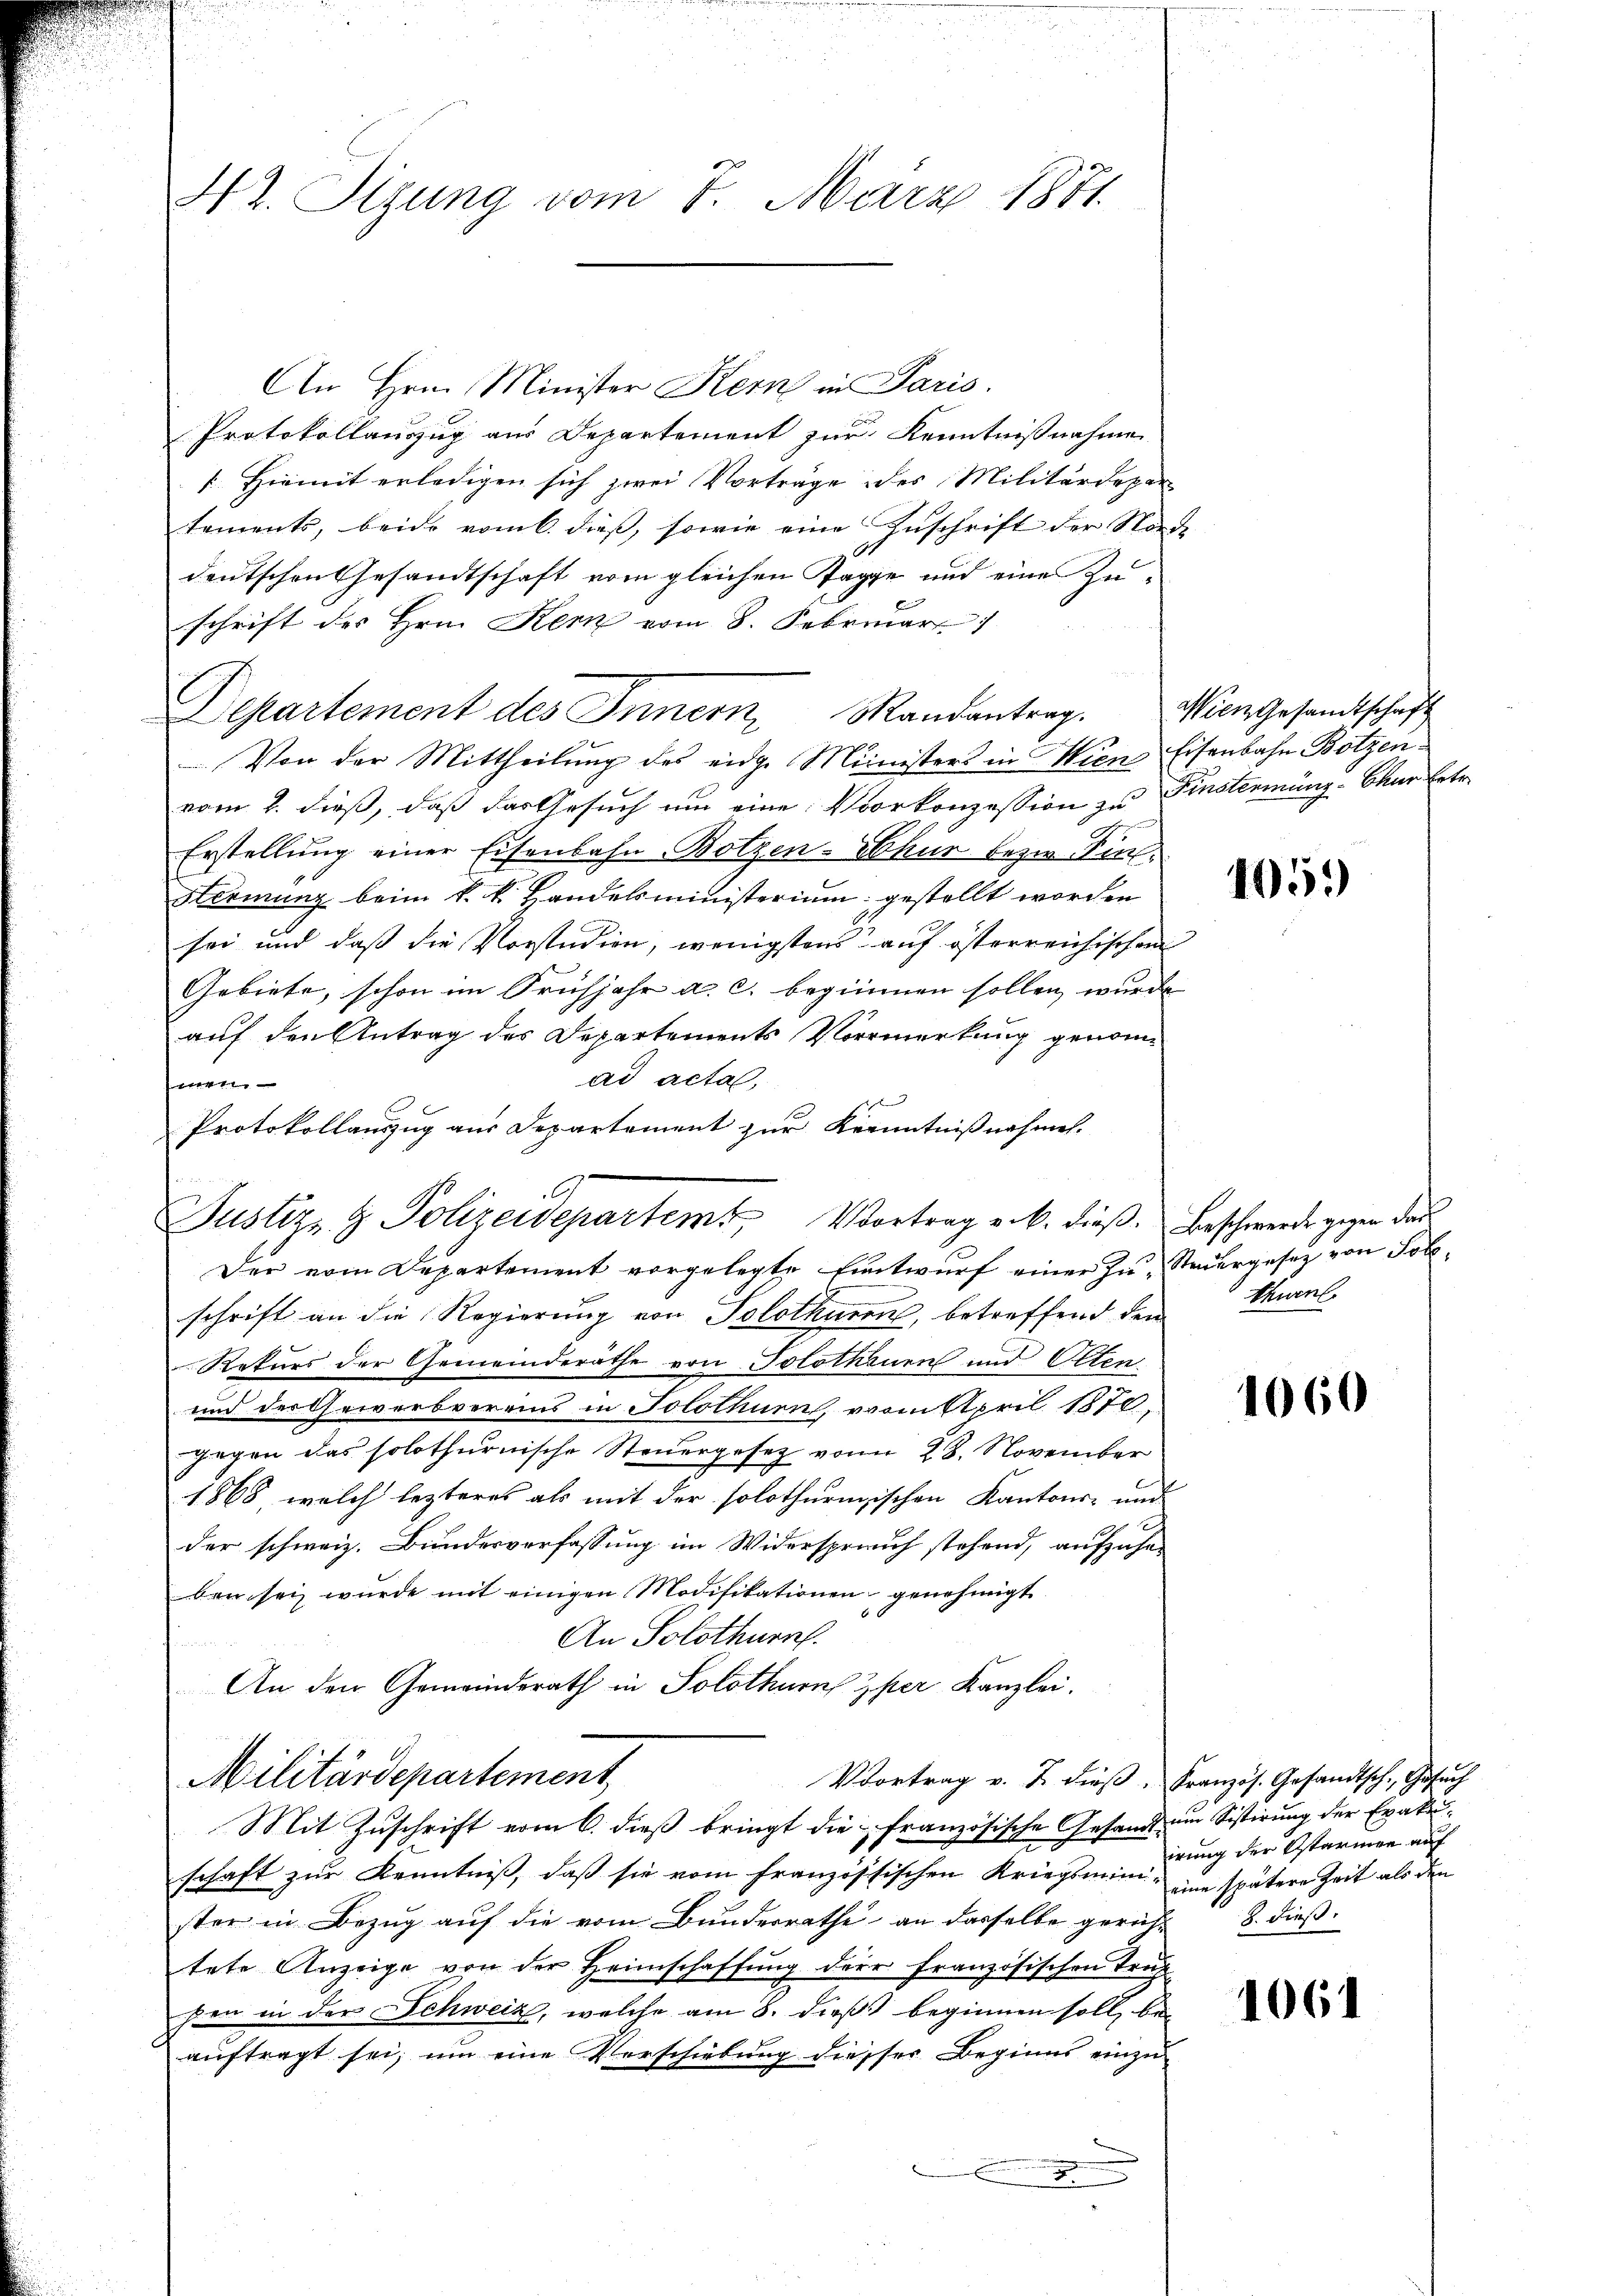
42. Sitzung vom 8. März 1881.

An Hrn. Minister Kern in Paris.
Protokollauszug aus Departement zur Kenntnißnahme
[ Hiemit erledigen sich zwei Vorträge des Militärdepar-
tements, beide vom 6. dieß, sowie eine Zuschrift der Norde
.
deutschen Gesandtschaft vom gleichen Tagge und eine Zuschrift des Hrn. Kern vom 8. Februar 1
Departement des Innern, Randantrag.
Von der Mittheilung des eidge Ministers in Wien Eisenbahn Botzenvom 2. dieß, daß das Gesuch um eine Vorkonzession zu Finstermang- Chur Ertr
Erstellung einer Eisenbahn-Botzen-Schur bezie Fin
Hirmung beim k. k. Handelsministerium gestellt worden
sei und daß die Vorstudion, wenigstens auf österreichischen
Gebiete, schon im Frühjahr a. c. beginnen sollen, wurde |
auf den Antrag des Departements Vormerkung genomad acta,
1
Protokollanzzug aus Departement zur Kenntnißnahmen.
Justiz- & Polizeidepartem Vortrag u. k. dieß. Beschwerde gegen der
Der vom Departement vorgelegte Entwurf einer In- Steuergesetz von Sollschrift an die Regierung von Solothurn, betreffend den
Rekurs der Gemeinderäthe von Solothenen und Otten
und der Gewerbvereins in Solothurn, vom April 1870.
gegen das solothurnische Steuergesetz vom 28. November
1868, welch lezteres als mit der solothurnischen Kantons- und
der schweiz. Bundesverfassung im Widerspruch stehend, aufzuhar
ben sei wurde mit einigen Modifikationen genehmigt.
An Solothurn.
An den Gemeinderath in Solothurn per Kanzlei.
Militärdepartement
Vortrag v. J. dieβ. Französ. Gesandtsch, Gesŭch
Mit Zuschrift vom 6. dieß bringt die französische Gesandt um Sistirung der Evakuschaft zur Kenntniß, daß sie vom französsischen Kriegsmini- eine spätere Zeit als den
ster in Bezug auf die vom Bundesrathe an dasselbe gericht 8. dießtete Anzeige von der Heimschaffung der französischen Trug
pen in der Schweiz, welche am 8. dieß beginnen soll, be-
auftragt sei, um eine Verschiebung diesser Beginns einzu
.

Wien Gesamtschaft

405)

thurn.

1060

irung der Ostarmen auf

1061